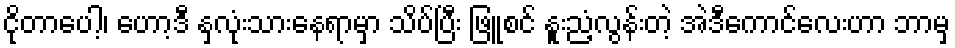
ငိုတာပေါ့၊ ဟော့ဒီ နှလုံးသားနေရာမှာ သိပ်ပြီး ဖြူစင် နူးညံ့လွန်းတဲ့ အဲဒီကောင်လေးဟာ ဘာမှ